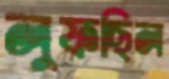
লুফছিল